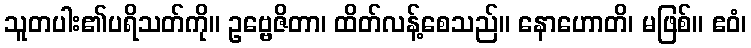
သူတပါး၏ပရိသတ်ကို။ ဥဗ္ဗေဇိတာ၊ ထိတ်လန့်စေသည်။ နောဟောတိ၊ မဖြစ်။ ဧဝံ၊